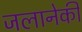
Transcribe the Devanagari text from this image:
जलानेकी